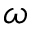
\omega